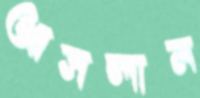
আসলাম